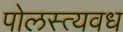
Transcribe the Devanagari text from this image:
पोलस्त्यवध